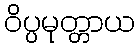
ဝိပ္ပမုတ္တာယ